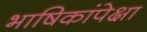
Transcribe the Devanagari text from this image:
भाषिकांपेक्षा